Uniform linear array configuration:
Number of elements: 8
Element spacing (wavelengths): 0.5
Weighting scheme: kaiser
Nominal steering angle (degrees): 45
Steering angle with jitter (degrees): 45.859
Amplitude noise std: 0.05
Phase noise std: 0.05

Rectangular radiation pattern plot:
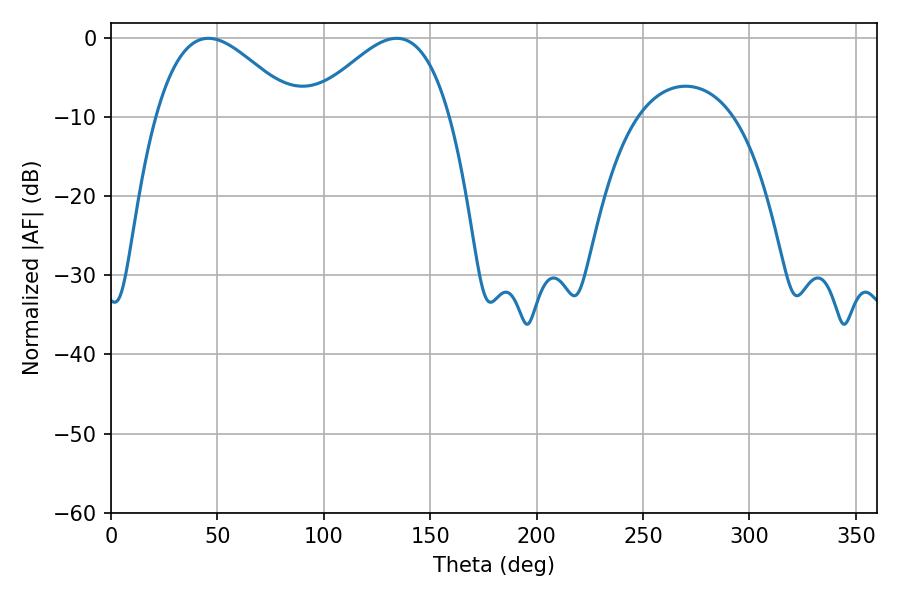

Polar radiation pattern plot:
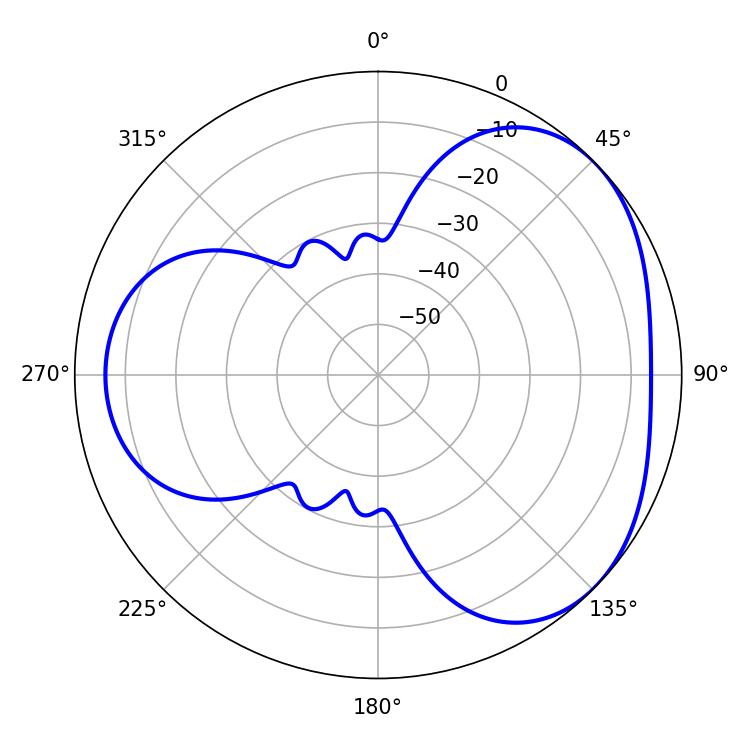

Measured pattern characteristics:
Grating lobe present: FALSE
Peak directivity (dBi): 3.625
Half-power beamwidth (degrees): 35.46
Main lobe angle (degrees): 45.72